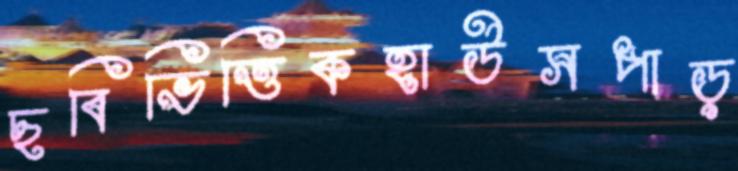
ছবিভিত্তিকহাউসপাড়